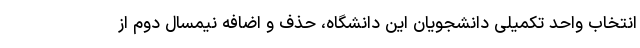
انتخاب واحد تکمیلی دانشجویان این دانشگاه، حذف و اضافه نیمسال دوم از